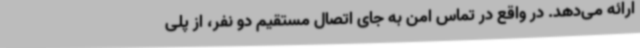
ارائه می‌دهد. در واقع در تماس امن به جای اتصال مستقیم دو نفر، از پلی